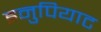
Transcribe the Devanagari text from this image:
इनुपियाट